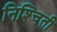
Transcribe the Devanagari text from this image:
निश्‍चिती